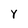
Character: Y